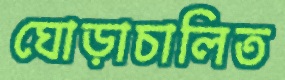
ঘোড়াচালিত